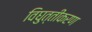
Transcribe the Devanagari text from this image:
विघुत्तीकरण